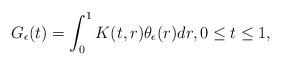
LaTeX: \begin{align*}G_{\epsilon}(t)=\int_0^1K(t,r)\theta_{\epsilon}(r)dr,0\leq t\leq1,\end{align*}